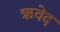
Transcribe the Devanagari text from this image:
ऋवेद